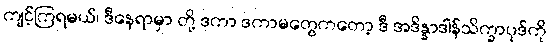
ကျင့်ကြရမယ်၊ ဒီနေရာမှာ တို့ ဒကာ ဒကာမတွေကတော့ ဒီ အဒိန္နာဒါန်သိက္ခာပုဒ်ကို